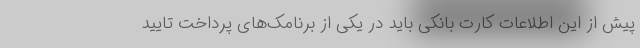
پیش از این اطلاعات کارت بانکی باید در یکی از برنامک‌های پرداخت تایید